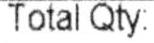
TOTAL QTY: